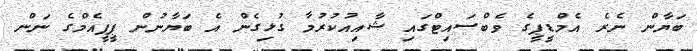
ބަޔާން ނެރެ އެމްޑީޕީގެ ވެބްސައިޓްގައި ޝާއިއުކުރުމާ ގުޅިގެން އެ ބަޔާނުން ޕީޕީއެމްގެ ނަން